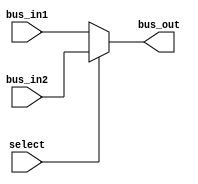
module mux2x1 #(parameter W=32)(bus_in1,bus_in2,bus_out,select);

	input wire select;
	input wire [(W-1):0] bus_in1, bus_in2;
	output wire [(W-1):0] bus_out;
	
	assign bus_out = select ? bus_in2 : bus_in1;
	
endmodule